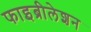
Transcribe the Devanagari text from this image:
फाइब्रीलेशन